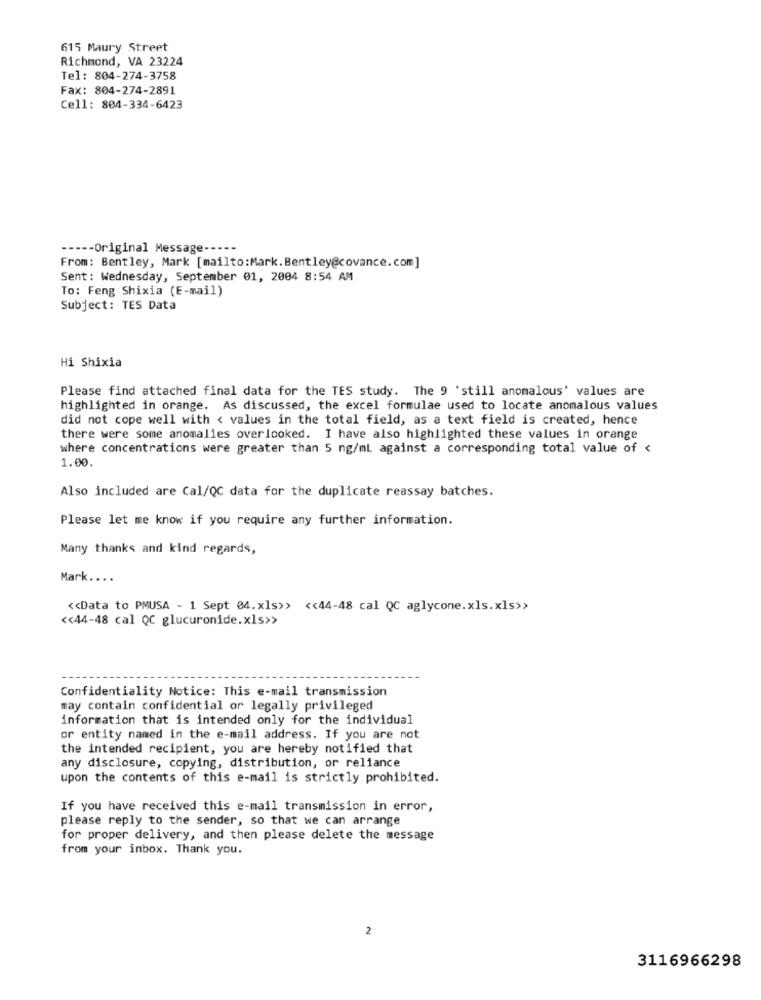
615 Maury Street
Richmond, VA 23224
Tel: 804-274-3758
Fax: 804-274-2891
Cell: 804-334-6423
----- Original Message -----
From: Bentley, Mark [mailto:Mark. Bentley@covance. com]
Sent: Wednesday, September 01, 2004 8:54 AM
To: Feng Shixia (E-mail)
Subject: TES Data
Hi Shixia
Please find attached final data for the TES study. The 9 'still anomalous' values are
highlighted in orange. As discussed, the excel formulae used to locate anomalous values
did not cope well with < values in the total field, as a text field is created, hence
there were some anomalies overlooked. I have also highlighted these values in orange
where concentrations were greater than 5 ng/ml against a corresponding total value of <
1.00.
Also included are Cal/QC data for the duplicate reassay batches.
Please let me know if you require any further information.
Many thanks and kind regards,
Mark ....
<< Data to PMUSA - 1 Sept 04.xls>> << 44-48 cal QC aglycone.xls.xls>>
<< 44-48 cal QC glucuronide.xls>>
Confidentiality Notice: This e-mail transmission
may contain confidential or legally privileged
information that is intended only for the individual
or entity named in the e-mail address. If you are not
the intended recipient, you are hereby notified that
any disclosure, copying, distribution, or reliance
upon the contents of this e-mail is strictly prohibited.
If you have received this e-mail transmission in error,
please reply to the sender, so that we can arrange
for proper delivery, and then please delete the message
from your inbox. Thank you.
2
3116966298